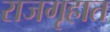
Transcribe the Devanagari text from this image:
राजगृहात